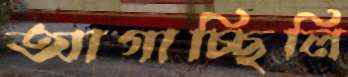
আগাচ্ছিলি